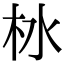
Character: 𪱹